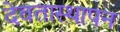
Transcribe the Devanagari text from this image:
देवतास्थापन